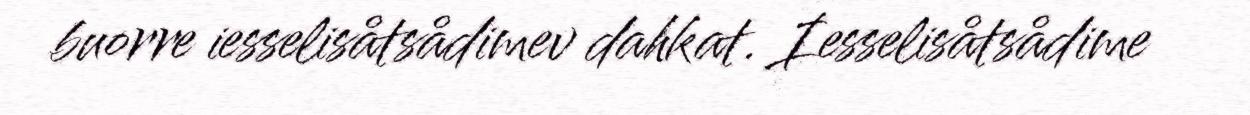
buorre iesselisåtsådimev dahkat. Iesselisåtsådime